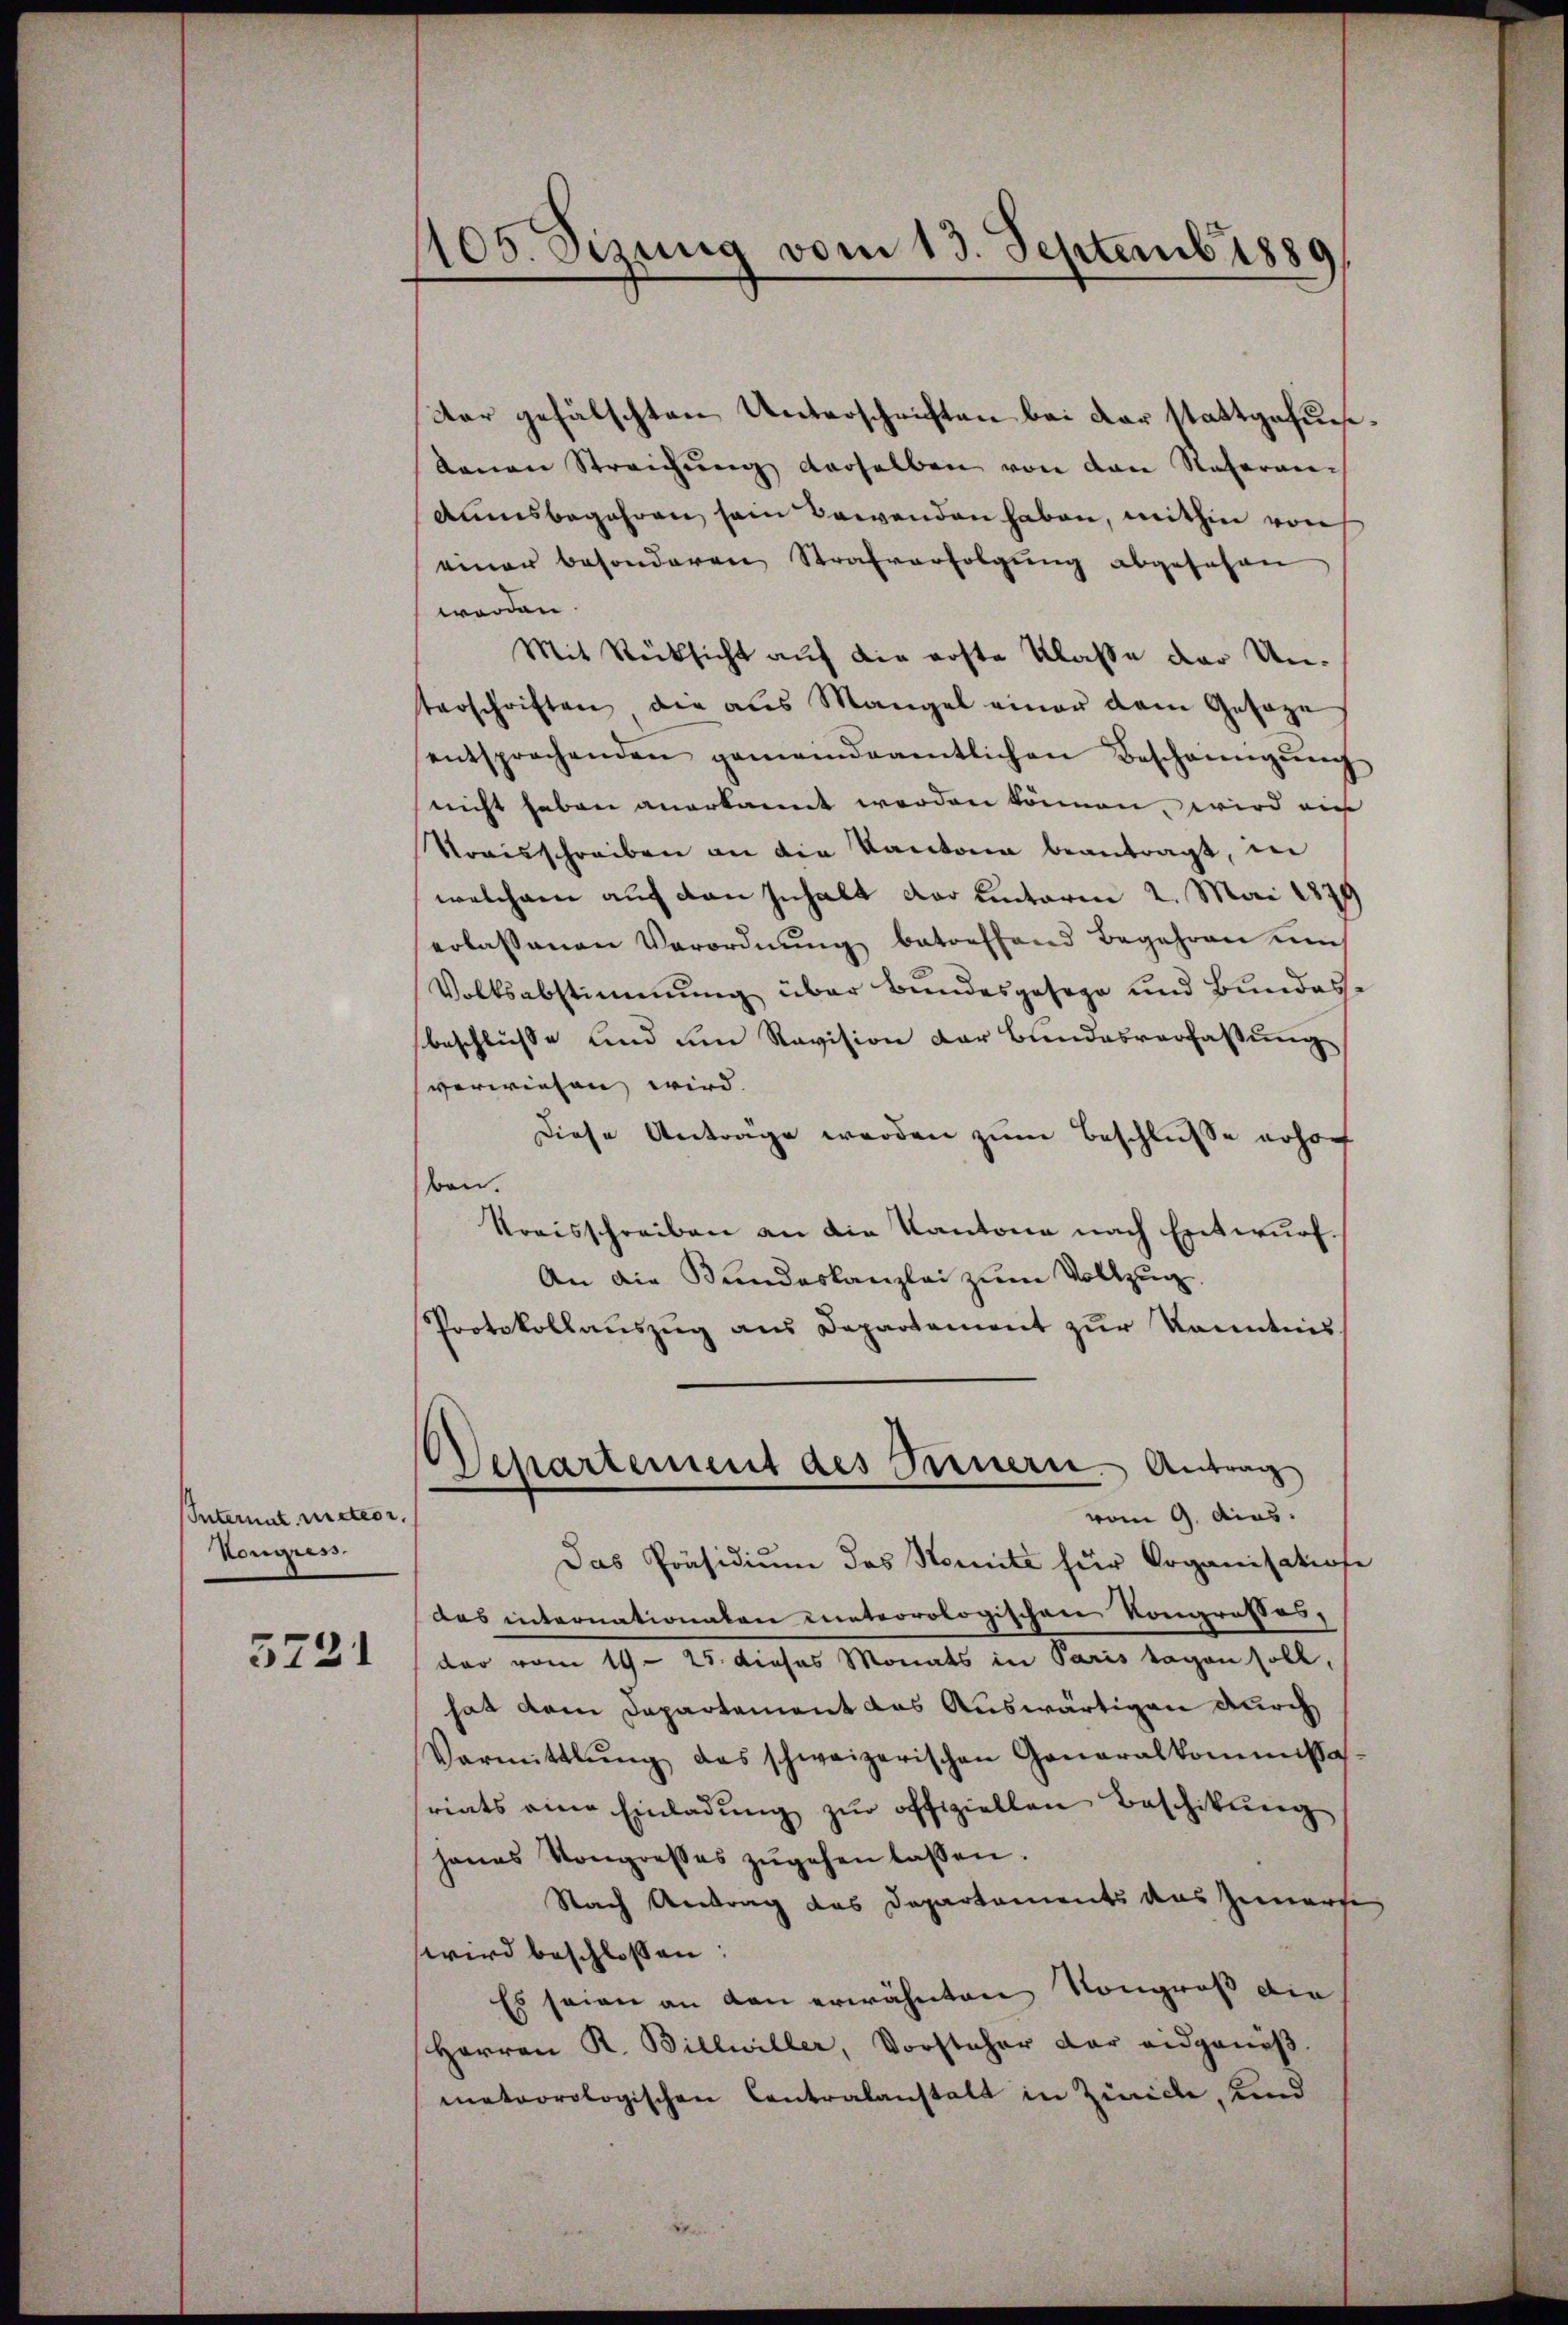
Internat, nieteor,
Kongress

5721

1105. Sizung vom 13. Septemb. 1880

der gefälschten Unterschriften bei der stattgefunkanen Streichung derselben von den Nateram
Aumsbegehren sein Bewenden haben, mithin von
einer besonderen Strafverfolgŭng abgesehen
worden
Mit Rücksicht auf die erste Klasse der Unterschriften die aus Mangel einer dem Gesetz
entsprechenden gemeindeamtlichen Bescheinigŭng
nicht haben anerkannt werden können, wird ein
Streisschreiben an die Kantona beantragt, in
welchem auf den Inhalt der Einterm 2. Mai 1879
erlassenen Verordnŭng betreffend Begehren ŭm
Volksabstimmung über Bundesgesage und Bundes-
beschlüsse und um Revision der Bundesverfassung
verwiesen wird. |
Diese Anträge werden zum Beschlusse erhorf
ben.
Kreisschreiben an die Kantone nach Entwurf.
An die Bundeskanzlei zum Vollzug
Protokollaŭszŭg ans Departement zŭr Kenntnis
Departement des Fernern Antrag
vom 9. Aias.
Das Präsidium das Komite für Organisation
das internationalen meteorologischen Kongrosses,
dar vom 19. 25. dieses Monats in Paris sagen soll,
hat dem Departement das Auswärtigen durch
Vormittlung das schweizerischen Generalkommissa
riats eine Einladŭng zŭr offiziellen Beschikung
hanas Kongresses zŭgehen lassen.
Nach Antrag das Departements das Zimerse
wird beschlossen:
Es seien an den erwähnten Kongroß die
Herren R. Billwiller, Vorsteher der eidganiβ.
meteorologischen Contralanstalt in Zürich, Kind